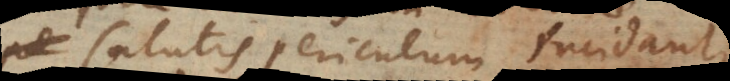
salutis periculum incidant